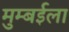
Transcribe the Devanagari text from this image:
मुम्बईला